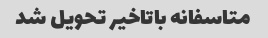
متاسفانه باتاخیر تحویل شد